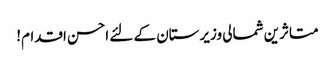
متاثرین شمالی وزیرستان کے لئے احسن اقدام!